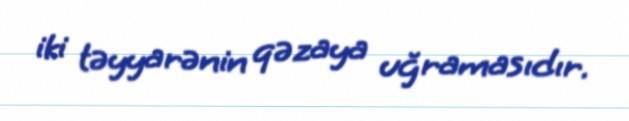
iki təyyarənin qəzaya uğramasıdır.